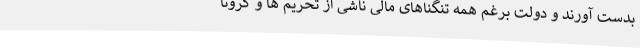
بدست آورند و دولت برغم همه تنگناهای مالی ناشی از تحریم ها و کرونا